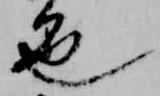
色